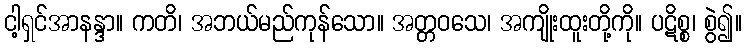
ငါ့ရှင်အာနန္ဒာ။ ကတိ၊ အဘယ်မည်ကုန်သော။ အတ္တဝသေ၊ အကျိုးထူးတို့ကို။ ပဋိစ္စ၊ စွဲ၍။